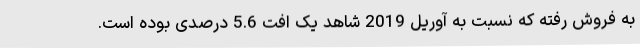
به فروش رفته که نسبت به آوریل 2019 شاهد یک افت 5.6 درصدی بوده است.